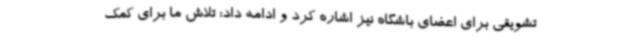
تشویقی برای اعضای باشگاه نیز اشاره کرد و ادامه داد: تلاش ما برای کمک